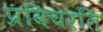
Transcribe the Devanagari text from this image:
प्रविचरति